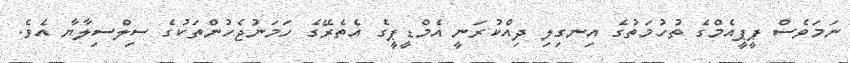
ނަމަވެސް ޕީޕީއެމްގެ ތުހުމަތުގެ އިނގިލި ދިއްކުރަނީ އެމްޑީޕީގެ އެތެރޭގެ ހަމަނުޖެހުންތަކުގެ ސިލްސިލާޔާ އެވެ.